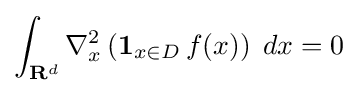
\int _{\mathbf {R} ^{d}}\nabla _{x}^{2}\left(\mathbf {1} _{x\in D}\,f(x)\right)\;dx=0